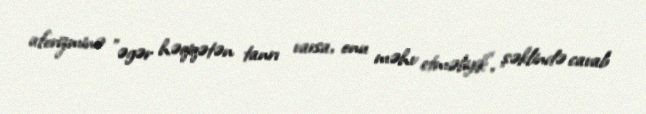
aforizminə "əgər həqiqətən tanrı varsa, onu məhv etməliyik", şəklində cavab